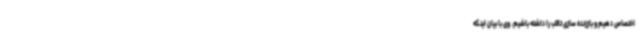
اختصاص دهیم و باززنده سازی تالاب را داشته باشیم. وی با بیان اینکه